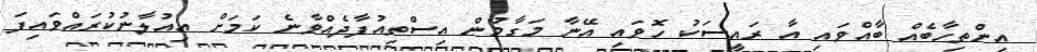
އިންތިހާބެއް ބާއްވައި އާ ރައީސަކު ހޮވައި އޭނާ މަގާމުން އިސްތިއުފާދެއްވާނެ ކަމަށް އިއުލާނުކުރައްވައިފަ